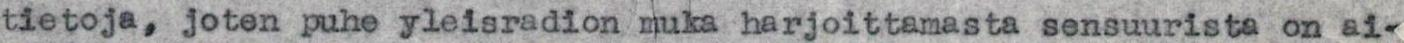
tietoja, joten puhe yleisradion muka harjoittamasta sensuurista on ai-